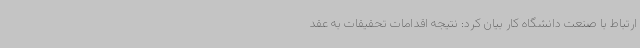
ارتباط با صنعت دانشگاه کار بیان کرد: نتیجه اقدامات تحقیقات به عقد